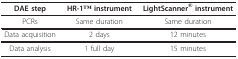
| DAE step | HR-1TM instrument | LightScanner® instrument |
 | --- | --- | --- |
 | PCRs | Same duration | Same duration |
 | Data acquisition | 2 days | 12 minutes |
 | Data analysis | 1 full day | 15 minutes |